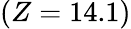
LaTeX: (Z=14.1)